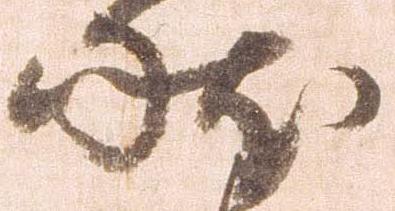
状